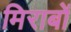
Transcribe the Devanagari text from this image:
मिराबों